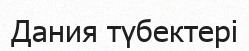
Дания түбектері